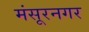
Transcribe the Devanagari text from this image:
मंसूरनगर